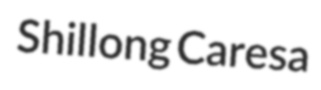
Shillong Caresa